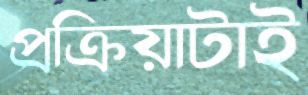
প্রক্রিয়াটাই